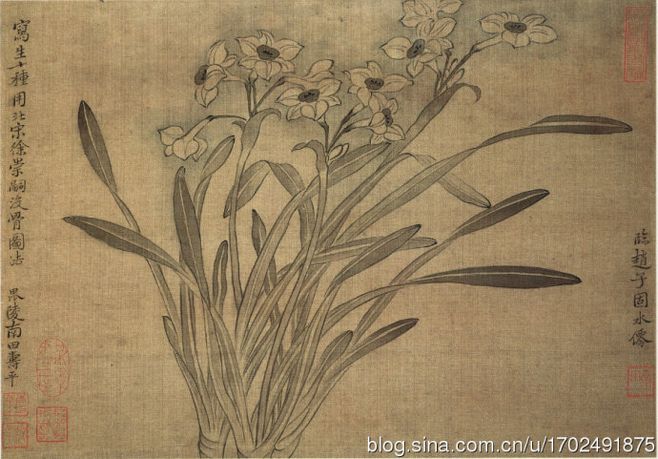
树曲木者，恶得直景。